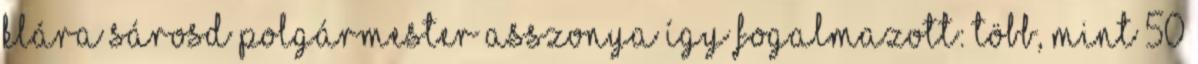
Klára Sárosd polgármester asszonya így fogalmazott: Több, mint 50